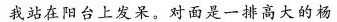
我站在阳台上发呆。对面是一排高大的杨